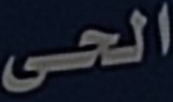
الحى